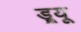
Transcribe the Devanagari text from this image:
ड्र्यू